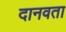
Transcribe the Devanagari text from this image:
दानवता